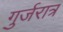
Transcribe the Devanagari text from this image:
गुर्जरात्र